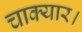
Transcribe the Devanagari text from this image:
चाक्यार।